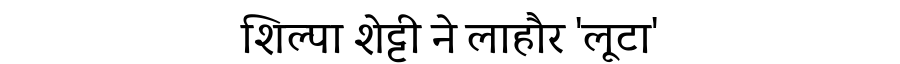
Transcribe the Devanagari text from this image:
शिल्पा शेट्टी ने लाहौर 'लूटा'